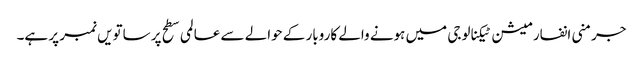
جرمنی انفارمیشن ٹیکنالوجی میں ہونے والے کاروبار کے حوالے سے عالمی سطح پر ساتویں نمبر پر ہے۔